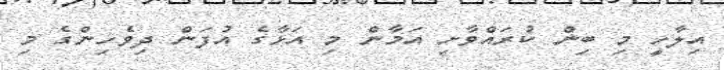
އިލާހީ މި ބިން ކުރައްވާށި އަމާން މި އަޅާގެ އުފަން ދިވެހިންގެ މި